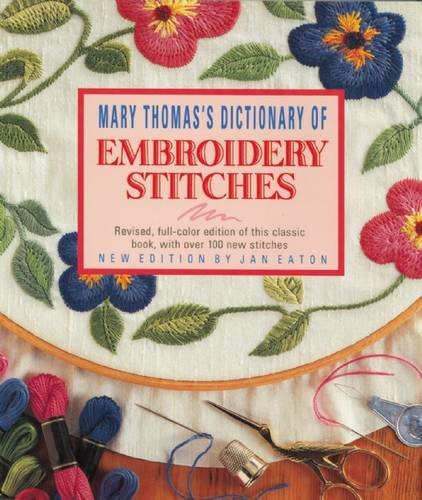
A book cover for Mary Thomas's Dictionary of Embroidery Stitches; Mary Thomas; Crafts, Hobbies & Home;